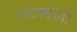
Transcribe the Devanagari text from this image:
भटक्यांनी